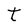
Character: t